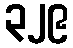
၃၂၉